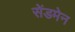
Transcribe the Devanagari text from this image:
सेंडमेन